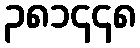
၃၈၁၄၄၈